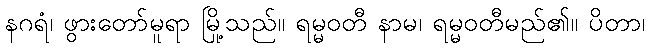
နဂရံ၊ ဖွားတော်မူရာ မြို့သည်။ ရမ္မဝတီ နာမ၊ ရမ္မဝတီမည်၏။ ပိတာ၊